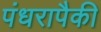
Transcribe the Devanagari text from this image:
पंधरापैकी